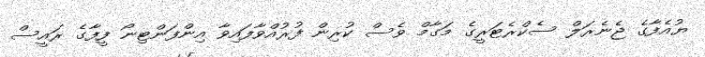
ޔުއެފާގެ ޖެނެރަލް ސެކްރެޓަރީގެ މަގާމް ވެސް ކުރިން ފުރުއްވާފައިވާ އިންފަންޓިނޯ ފީފާގެ ރައީސް